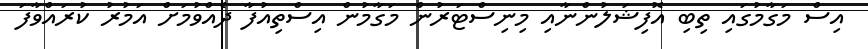
އިސް މަގާމުގައި ތިބި އޮފިޝަލުންނާއި މިނިސްޓަރުން މަގާމުން އިސްތިއުފާ ދެއްވުމަށް އަމުރު ކުރައްވާފަ